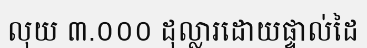
លុយ ៣.០០០ ដុល្លារដោយផ្ទាល់ដៃ